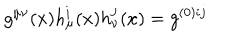
g ^ { \mu \nu } ( x ) h _ { \mu } ^ { i } ( x ) h _ { \nu } ^ { j } ( x ) = g ^ { ( 0 ) i j }